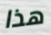
هذا